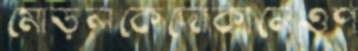
মোড়লকেদোকানেওপ